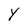
Character: Y